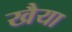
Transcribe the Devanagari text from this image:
खैया